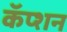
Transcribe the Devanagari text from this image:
कॅप्शन